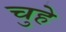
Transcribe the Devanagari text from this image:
चुहे